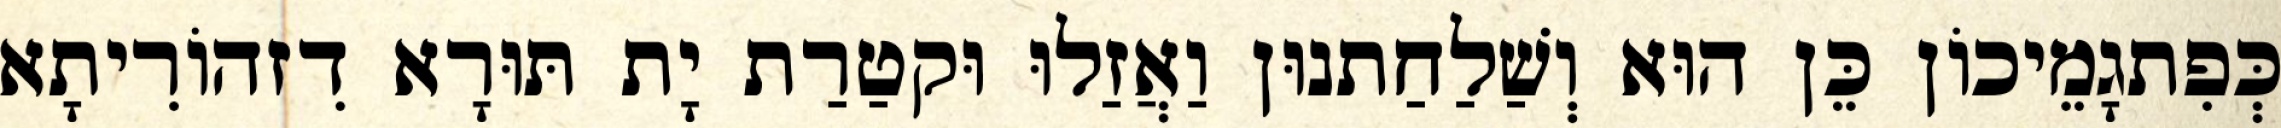
כְּפִתגָמֵיכוֹן כֵּן הוּא וְשַׁלַחַתנוּן וַאֲזַלוּ וּקטַרַת יָת תּוּרָא דִזהוֹרִיתָא